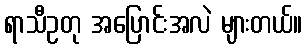
ရာသီဥတု အပြောင်းအလဲ များတယ်။